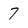
Character: 7